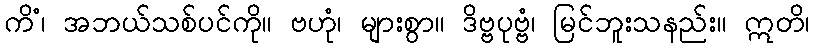
ကိံ၊ အဘယ်သစ်ပင်ကို။ ဗဟုံ၊ များစွာ။ ဒိဗ္ဗပုဗ္ဗံ၊ မြင်ဘူးသနည်း။ ဣတိ၊